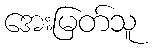
အေးမြတ်သူ